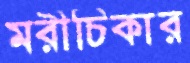
মরীচিকার